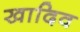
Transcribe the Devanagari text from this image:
खादिव